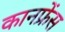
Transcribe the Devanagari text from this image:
कानफ्रेंस